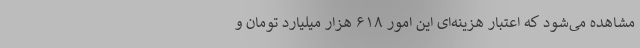
مشاهده می‌شود که اعتبار هزینه‌ای این امور ۶۱۸ هزار میلیارد تومان و